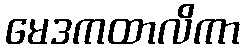
မေဒကထာလိကာ